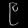
Digit: ၉